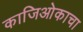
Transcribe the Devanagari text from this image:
काजिओकाचा